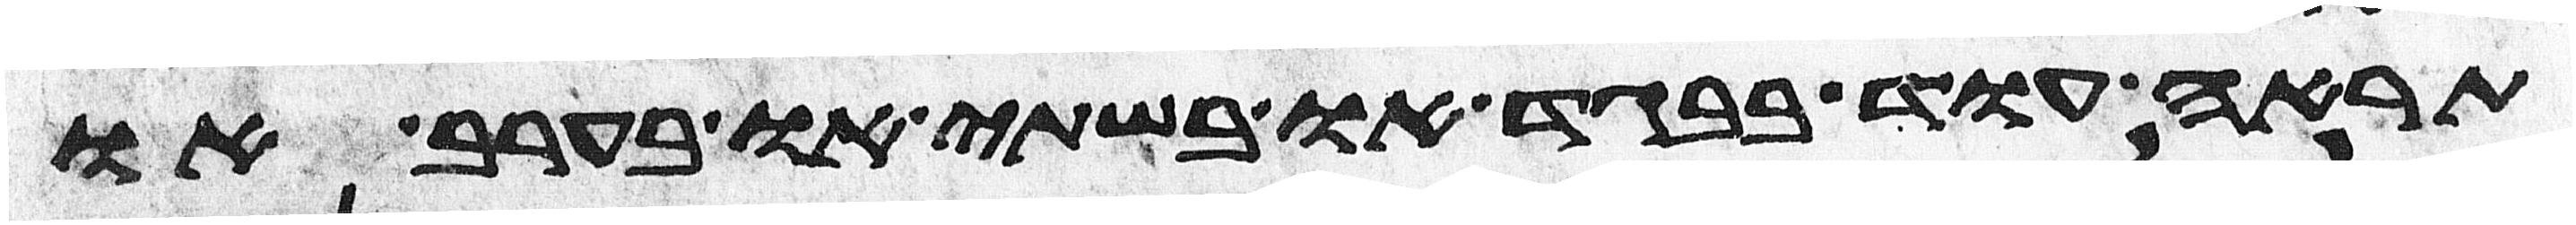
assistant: תראה עוד בבגד או בשתי או בערב או